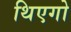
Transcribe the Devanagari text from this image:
थिएगो